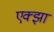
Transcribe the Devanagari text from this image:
एक्झा